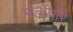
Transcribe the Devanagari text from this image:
मंडोपरि